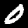
Digit: 0